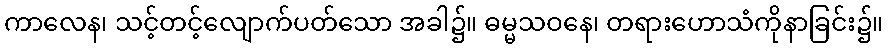
ကာလေန၊ သင့်တင့်လျောက်ပတ်သော အခါ၌။ ဓမ္မသဝနေ၊ တရားဟောသံကိုနာခြင်း၌။